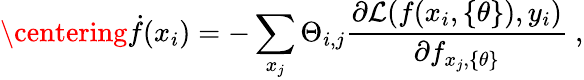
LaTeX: \centering\dot{f}(x_{i})=-\sum_{x_{j}}\Theta_{i,j}\frac{\partial\mathcal{L}(f(x_{i},\{ \theta\} ),y_{i})}{\partial f_{x_{j},\{ \theta\} }}~,